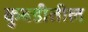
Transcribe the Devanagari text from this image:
कुबडीतील